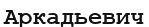
Аркадьевич